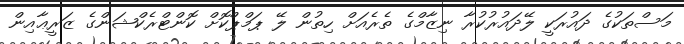
މަސްތަކުގެ ދައުރަކީ ލޭދައުރުކުރާ ނިޒާމްގެ ތެރެއަށް ހިތުން ލޭ ޕަމްޕްކޮށް ކޮންޓްރެކްޝަންގެ ޒަރީޢާއިން